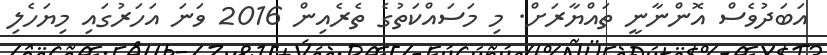
އަބަދުވެސް އޮންނާނީ ތައްޔާރަށް. މި މަސައްކަތުގެ ތެރެއިން 2016 ވަނަ އަހަރުގައި މިޔަހެލި